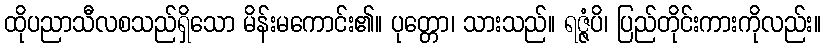
ထိုပညာသီလစသည်ရှိသော မိန်းမကောင်း၏။ ပုတ္တော၊ သားသည်။ ရဇ္ဇံပိ၊ ပြည်တိုင်းကားကိုလည်း။